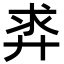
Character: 𪪵